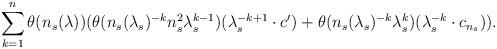
LaTeX: \begin{align*}\sum_{k = 1}^n\theta(n_s(\lambda))(\theta(n_s(\lambda_s)^{-k}n_s^2\lambda_s^{k - 1})(\lambda_s^{-k+1}\cdot c') + \theta(n_s(\lambda_s)^{-k}\lambda_s^k)(\lambda_s^{-k}\cdot c_{n_s})).\end{align*}